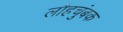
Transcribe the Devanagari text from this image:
लौहचुंबक